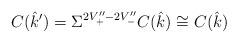
LaTeX: \begin{align*} C(\hat{k}') = \Sigma^{2V_{+}'' - 2V_{-}''} C(\hat{k}) \cong C(\hat{k})\end{align*}